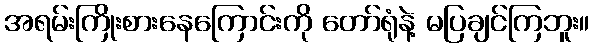
အရမ်းကြိုးစားနေကြောင်းကို တော်ရုံနဲ့ မပြချင်ကြဘူး။